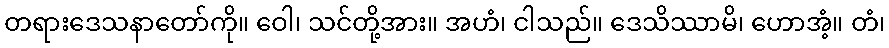
တရားဒေသနာတော်ကို။ ဝေါ၊ သင်တို့အား။ အဟံ၊ ငါသည်။ ဒေသိဿာမိ၊ ဟောအံ့။ တံ၊